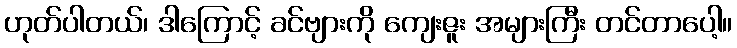
ဟုတ်ပါတယ်၊ ဒါကြောင့် ခင်ဗျားကို ကျေးဇူး အများကြီး တင်တာပေါ့။